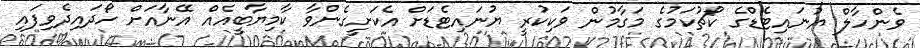
ވެންހާލް ޔުނައިޓެޑްގެ ކޯޗުކަމުގެ މަގާމުން ވަކިކުރީ ޔުނައިޓެޑަށް އެކަށީގެންވާ ކާމިޔާބީއެއް އޭނާއަށް ހޯދައިދެވިފައި